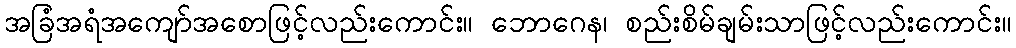
အခြံအရံအကျော်အစောဖြင့်လည်းကောင်း။ ဘောဂေန၊ စည်းစိမ်ချမ်းသာဖြင့်လည်းကောင်း။